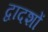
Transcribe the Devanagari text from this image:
द्वादशों